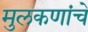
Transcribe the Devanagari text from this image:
मुलकणांचे